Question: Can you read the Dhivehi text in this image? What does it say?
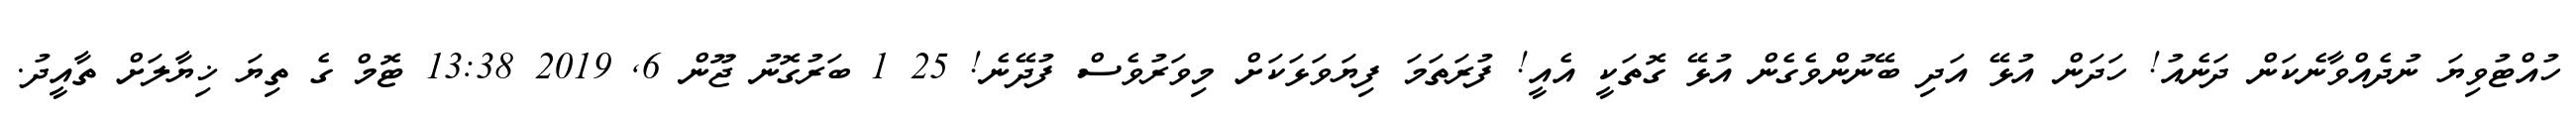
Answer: ހުއްޓުވިޔަ ނުދެއްވާނެކަން ދަނެއު! ހަދަން އުޅޭ އަދި ބޭނުންވެގެން އުޅޭ ގޮތަކީ އެއީ! ފުރަތަމަ ފިޔަވަޅަކަށް މިވަރުވެސް ފުދޭނެ! 25 1 ބަރުގޮނު ޖޫން 6, 2019 13:38 ޓޮމް ގެ ތިޔަ ޚިޔާލަށް ތާއީދު.